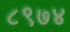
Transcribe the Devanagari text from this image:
८९७४